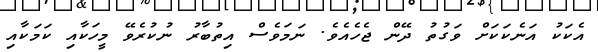
އެކަކު އަނެކަކަށް ވަގުތު ދޭން ޖެހެއެވެ. ނަމަވެސް އިތުބާރު ނުކުރެވޭ މީހަކާއި ކަމަކާއި